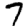
Digit: 7